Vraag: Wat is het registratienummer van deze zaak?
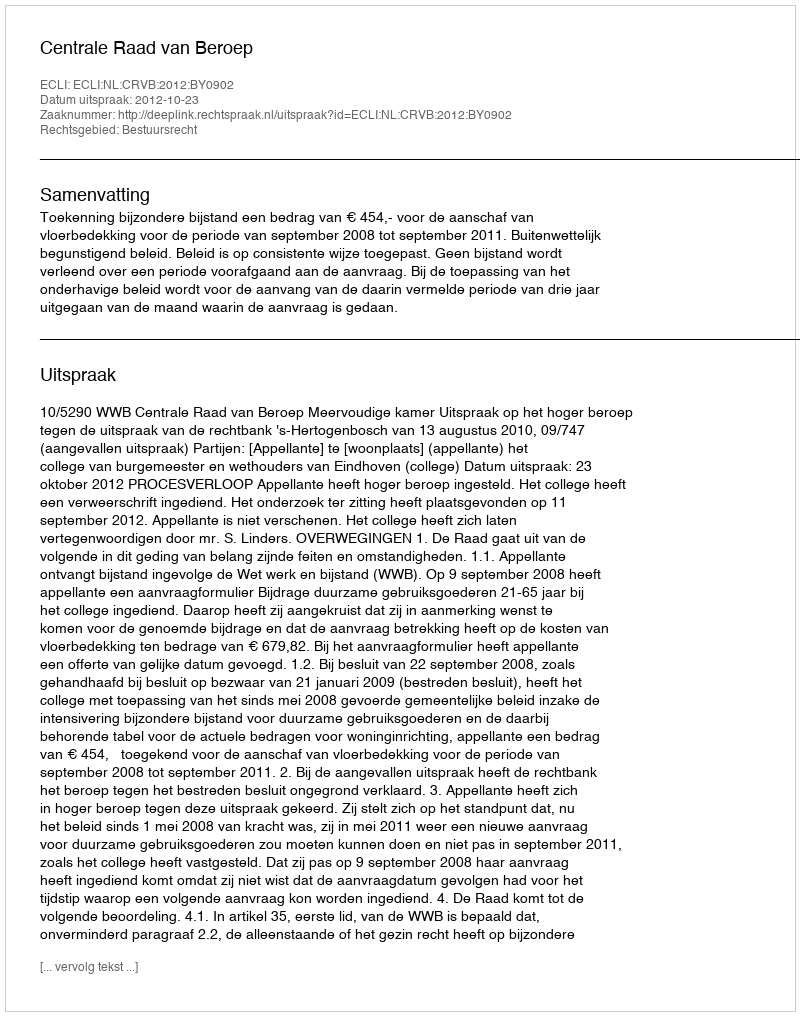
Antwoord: http://deeplink.rechtspraak.nl/uitspraak?id=ECLI:NL:CRVB:2012:BY0902